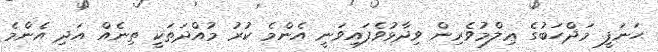
ޙަނަފީ މަޛްހަބުގެ ޢިލްމުވެރިން ވިދާޅުވެފައިވަނީ އެންމެ ކުރު މުއްދަތަކީ ތިނެއް އަދި އެންމެ